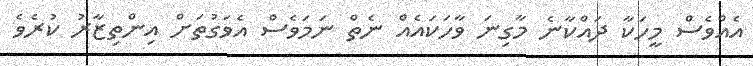
އެއްވެސް މީހަކާ ދައްކާނެ މާގިނަ ވާހަކައެއް ނެތް ނަމަވެސް އެވަގުތަށް އިންތިޒާރު ކުރެވެ